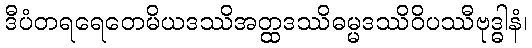
ဒီပံတရရေတေမိယဒဿိအတ္ထဒဿိဓမ္မဒဿိဝိပဿီဗုဒ္ဓါနံ၊